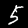
Digit: 5